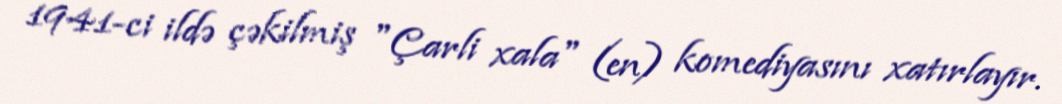
1941-ci ildə çəkilmiş "Çarli xala" (en) komediyasını xatırlayır.